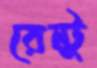
রেন্টু